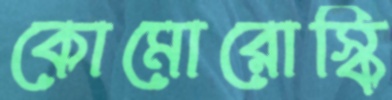
কোমোরোস্কি